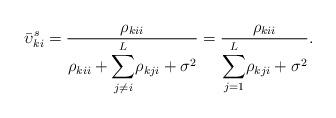
LaTeX: \begin{align*}\bar{\upsilon}_{ki}^{s}=\dfrac{\rho_{kii}}{\rho_{kii}+{\displaystyle \sum_{j\neq i}^{L}}\rho_{kji}+\sigma^{2}}=\dfrac{\rho_{kii}}{{\displaystyle \sum_{j=1}^{L}}\rho_{kji}+\sigma^{2}}.\end{align*}